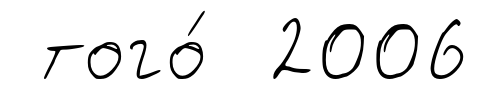
того́ 2006